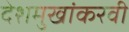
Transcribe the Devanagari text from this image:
देशमुखांकरवी